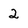
Character: 2